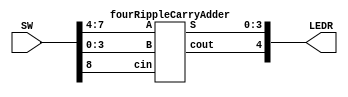


module lab3part2(SW,LEDR);
	input [8:0] SW; //SW[7:4] for A, SW[3:0] for B, SW[8] for cin. 
	output [4:0] LEDR; //
	fourRippleCarryAdder u0(
		.A(SW[7:4]),
		.B(SW[3:0]),
		.cin(SW[8]),
		.S(LEDR[3:0]),
		.cout(LEDR[4])
		);

endmodule

module fourRippleCarryAdder(A,B,cin, S, cout);
	input [3:0] A;
	input [3:0] B;
	input cin;
	output [3:0] S;
	output cout;

	wire c1, c2, c3;

	fulladder FA1(A[0],B[0],cin, c1, S[0]);
	fulladder FA2(A[1],B[1],c1, c2, S[1]);
	fulladder FA3(A[2],B[2],c2, c3, S[2]);
	fulladder FA4(A[3],B[3],c3, cout,S[3]);

endmodule


module fulladder(a,b,ci,co,s);
	input a,b,ci;
	output co; // this is for carry
	output s; // this is for output

	assign co = (a&b)|(a&ci)|(b&ci)|(a&b&ci);
	assign s = a^b^ci;
endmodule